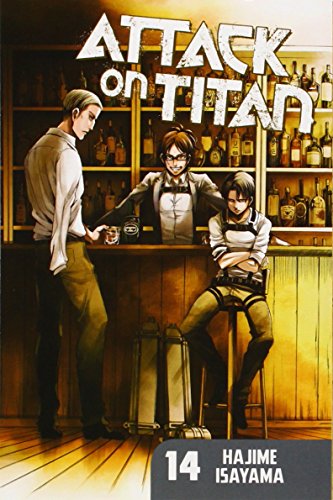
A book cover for Attack on Titan 14; Hajime Isayama; Comics & Graphic Novels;